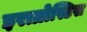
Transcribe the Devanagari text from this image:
इराग्रोस्टिस